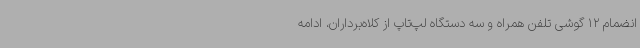
انضمام 12 گوشی تلفن همراه و سه دستگاه لپ‌تاپ از کلاه‌برداران، ادامه